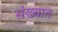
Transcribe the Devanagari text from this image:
संख्यात